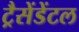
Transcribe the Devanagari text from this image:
ट्रैसेंडेंटल